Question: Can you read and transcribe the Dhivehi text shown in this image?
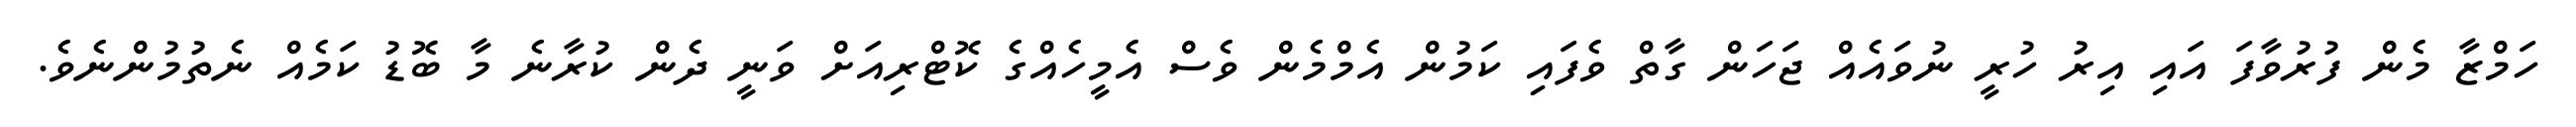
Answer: ހަމްޒާ މެން ފުރުވާފަ އައި އިރު ހުރީ ނުވައެއް ޖަހަން ގާތް ވެފައި ކަމުން އެމްމެން ވެސް އެމީހެއްގެ ކޮޓްރިއަށް ވަނީ ދެން ކުރާނެ މާ ބޮޑު ކަމެއް ނެތުމުންނެވެ.